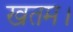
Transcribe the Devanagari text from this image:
खतम।